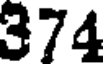
374